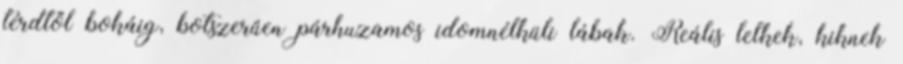
térdtől bokáig, botszerűen párhuzamos idomnélküli lábak. Reális lelkek, kiknek